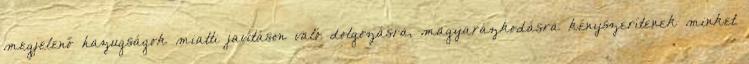
megjelenő hazugságok miatti javításon való dolgozásra, magyarázkodásra kényszerítenek minket